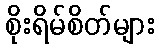
စိုးရိမ်စိတ်များ